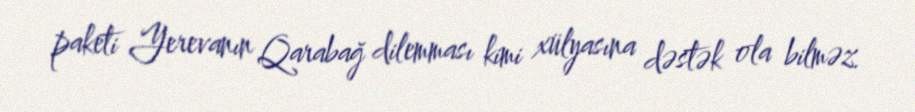
paketi Yerevanın Qarabağ dilemması kimi xülyasına dəstək ola bilməz.